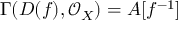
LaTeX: \Gamma ( D ( f ) , { \mathcal { O } } _ { X } ) = A [ f ^ { - 1 } ]